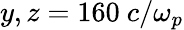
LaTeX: y,z=160~c/\omega_{p}